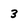
Character: 3